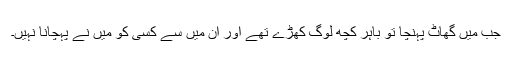
جب میں گھاٹ پہنچا تو باہر کچھ لوگ کھڑے تھے اور ان میں سے کسی کو میں نے پہچانا نہیں۔